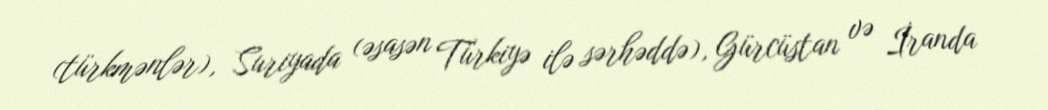
(türkmənlər), Suriyada (əsasən Türkiyə ilə sərhəddə), Gürcüstan və İranda